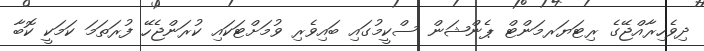
ދިވެހިރާއްޖޭގެ ރިޓަޔަރމަންޓް ޕެންޝަން ސްކީމުގައި ބައިވެރި ވުމަށްޓަކައި ކުރަންޖެހޭ ފުރަތަމަ ކަމަކީ ކޮބާ